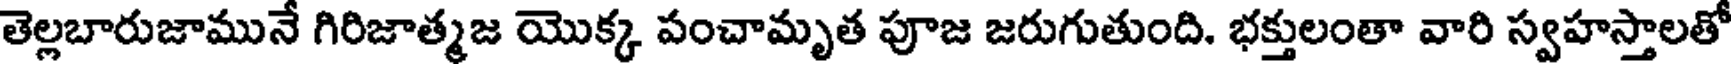
తెల్లబారుజామునే గిరిజాత్మజ యొక్క పంచామృత పూజ జరుగుతుంది. భక్తులంతా వారి స్వహస్తాలతో